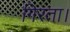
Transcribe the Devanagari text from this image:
गिरता।